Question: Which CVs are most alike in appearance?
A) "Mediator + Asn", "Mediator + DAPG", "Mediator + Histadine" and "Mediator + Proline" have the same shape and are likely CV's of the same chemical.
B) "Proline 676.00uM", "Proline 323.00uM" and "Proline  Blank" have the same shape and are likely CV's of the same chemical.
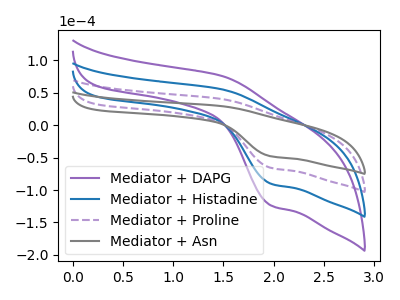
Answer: <think>The purple curve "Mediator + DAPG" has an anodic peak at (1.50V, 121.30uA) and a cathodic peak at (2.00V, -197.40uA). The blue curve "Mediator + Histadine" has an anodic peak at (1.50V, 80.85uA) and a cathodic peak at (2.00V, -131.60uA). The purple dashed curve "Mediator + Proline" has an anodic peak at (1.50V, 40.45uA) and a cathodic peak at (2.00V, -65.80uA). The gray curve "Mediator + Asn" has an anodic peak at (1.50V, 29.50uA) and a cathodic peak at (2.00V, -47.95uA).
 All the peaks in "Mediator + DAPG" have a peak in "Mediator + Histadine" at the same potential. Every peak in "Mediator + DAPG" is higher than every peak in "Mediator + Histadine". All the peaks in "Mediator + DAPG" have a peak in "Mediator + Proline" at the same potential. Every peak in "Mediator + DAPG" is higher than every peak in "Mediator + Proline". All the peaks in "Mediator + DAPG" have a peak in "Mediator + Asn" at the same potential. Every peak in "Mediator + DAPG" is higher than every peak in "Mediator + Asn". All the peaks in "Mediator + Histadine" have a peak in "Mediator + Proline" at the same potential. Every peak in "Mediator + Histadine" is higher than every peak in "Mediator + Proline". All the peaks in "Mediator + Histadine" have a peak in "Mediator + Asn" at the same potential. Every peak in "Mediator + Histadine" is higher than every peak in "Mediator + Asn". All the peaks in "Mediator + Proline" have a peak in "Mediator + Asn" at the same potential. Every peak in "Mediator + Proline" is higher than every peak in "Mediator + Asn".</think>
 <answer>A) "Mediator + Asn", "Mediator + DAPG", "Mediator + Histadine" and "Mediator + Proline" have the same shape and are likely CV's of the same chemical.</answer>
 <eval>A</eval>